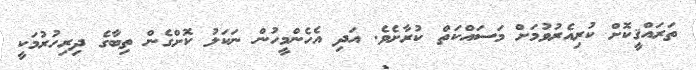
ތަރައްޤީކޮށް ކުރިއެރުވުމަށް މަސައްކަތް ކުރާށެވެ. އަދި އެހެންމީހުން ނަކަލު ކޮށްގެން ތިބާގެ ދިރިހުރުމަކީ